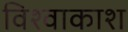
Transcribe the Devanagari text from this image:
विश्वाकाश